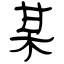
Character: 某